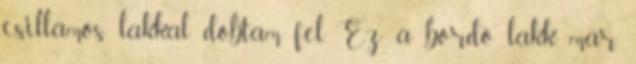
csillámos lakkal dobtam fel. Ez a bordó lakk már